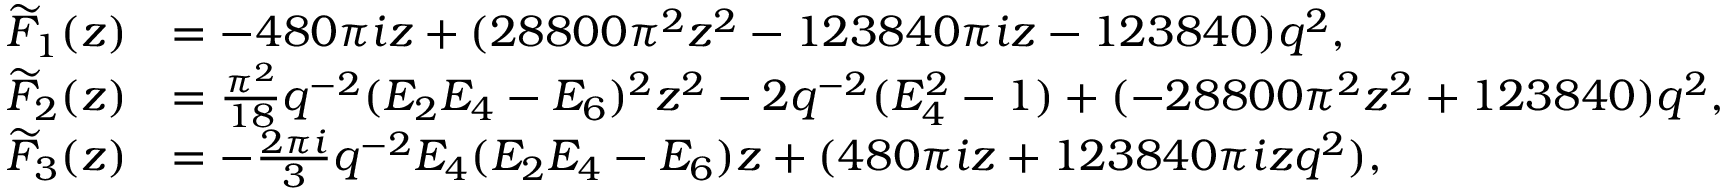
\begin{array} { r l } { \widetilde { F } _ { 1 } ( z ) } & { = - 4 8 0 \pi i z + ( 2 8 8 0 0 \pi ^ { 2 } z ^ { 2 } - 1 2 3 8 4 0 \pi i z - 1 2 3 8 4 0 ) q ^ { 2 } , } \\ { \widetilde { F } _ { 2 } ( z ) } & { = \frac { \pi ^ { 2 } } { 1 8 } q ^ { - 2 } ( E _ { 2 } E _ { 4 } - E _ { 6 } ) ^ { 2 } z ^ { 2 } - 2 q ^ { - 2 } ( E _ { 4 } ^ { 2 } - 1 ) + ( - 2 8 8 0 0 \pi ^ { 2 } z ^ { 2 } + 1 2 3 8 4 0 ) q ^ { 2 } , } \\ { \widetilde { F } _ { 3 } ( z ) } & { = - \frac { 2 \pi i } { 3 } q ^ { - 2 } E _ { 4 } ( E _ { 2 } E _ { 4 } - E _ { 6 } ) z + ( 4 8 0 \pi i z + 1 2 3 8 4 0 \pi i z q ^ { 2 } ) , } \end{array}